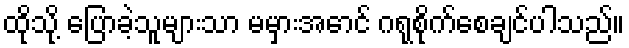
ထိုသို့ ပြောခဲ့သူများသာ မမှားအောင် ဂရုစိုက်စေချင်ပါသည်။